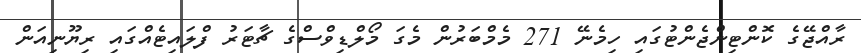
ރާއްޖޭގެ ކޮންޓިންޖެންޓުގައި ހިމެނޭ 271 މެމްބަރުން މެގަ މޯލްޑިވްސްގެ ޗާޓަރު ފްލައިޓެއްގައި ރިޔޫނިއަން